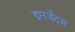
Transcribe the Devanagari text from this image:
इमर्जेंट्स